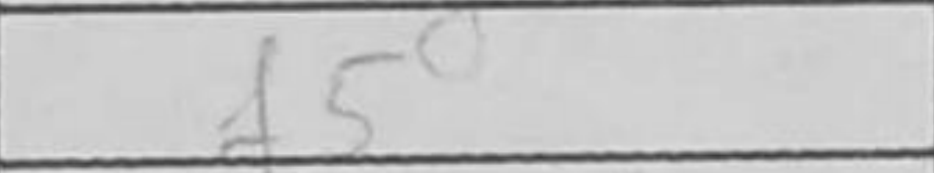
Transcription: f5